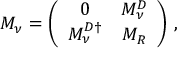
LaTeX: M _ { \nu } = \left( \begin{array} { c c } { { 0 } } & { { M _ { \nu } ^ { D } } } \\ { { M _ { \nu } ^ { D \dag } } } & { { M _ { R } } } \end{array} \right) \, ,